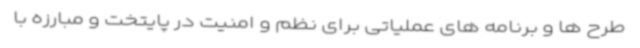
طرح ها و برنامه های عملیاتی برای نظم و امنیت در پایتخت و مبارزه با